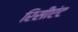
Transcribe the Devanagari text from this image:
रिसीएंट